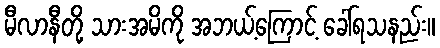
မီလာနီတို့ သားအမိကို အဘယ့်ကြောင့် ခေါ်ရသနည်း။